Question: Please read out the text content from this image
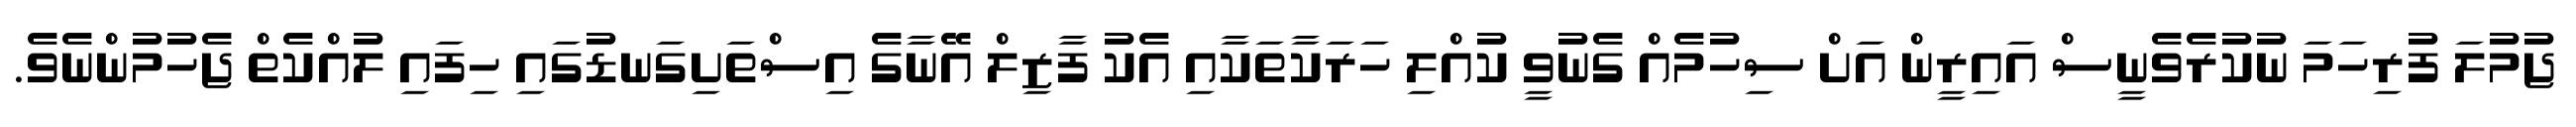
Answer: ޖުމުލަ ފުރިހަމަ ނުކުރެވެނީސް އައިރީން އަށް ސިހުމެއް ގެނުވީ ކުއްލި ހަރަކާތަކާއި އެކު ފާޒިލް އޭނާގެ އިސްތަށިގަނޑުގައި ހިފައި ލުއްކެތް ޖެހުމުންނެވެ.